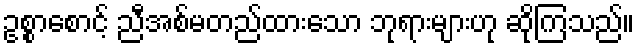
ဥစ္စာစောင့် ညီအစ်မတည်ထားသော ဘုရားများဟု ဆိုကြသည်။